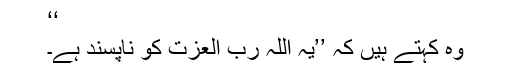
‘‘
وہ کہتے ہیں کہ ’’یہ اللہ رب العزت کو ناپسند ہے۔